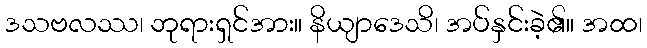
ဒသဗလဿ၊ ဘုရားရှင်အား။ နိယျာဒေသိ၊ အပ်နှင်းခဲ့၏။ အထ၊